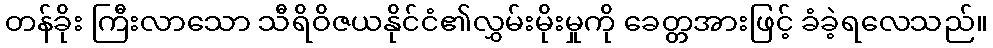
တန်ခိုး ကြီးလာသော သီရိဝိဇယနိုင်ငံ၏လွှမ်းမိုးမှုကို ခေတ္တအားဖြင့် ခံခဲ့ရလေသည်။